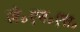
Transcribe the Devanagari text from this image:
जे॰एन॰एस॰